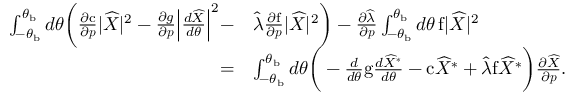
\begin{array} { r l } { \int _ { - \theta _ { \mathrm { b } } } ^ { \theta _ { \mathrm { b } } } d \theta \bigg ( \frac { \partial \mathrm { c } } { \partial \boldsymbol { p } } \lvert \widehat { X } \rvert ^ { 2 } - \frac { \partial g } { \partial \boldsymbol { p } } \Big \lvert \frac { d \widehat { X } } { d \theta } \Big \rvert ^ { 2 } - } & { \widehat { \lambda } \frac { \partial \mathrm { f } } { \partial \boldsymbol { p } } \lvert \widehat { X } \rvert ^ { 2 } \bigg ) - \frac { \partial \widehat { \lambda } } { \partial \boldsymbol { p } } \int _ { - \theta _ { \mathrm { b } } } ^ { \theta _ { \mathrm { b } } } d \theta \, \mathrm { f } \lvert \widehat { X } \rvert ^ { 2 } } \\ { = } & { \int _ { - \theta _ { \mathrm { b } } } ^ { \theta _ { \mathrm { b } } } d \theta \bigg ( - \frac { d } { d \theta } \mathrm { g } \frac { d \widehat { X } ^ { * } } { d \theta } - \mathrm { c } \widehat { X } ^ { * } + \widehat { \lambda } \mathrm { f } \widehat { X } ^ { * } \bigg ) \frac { \partial \widehat { X } } { \partial \boldsymbol { p } } . } \end{array}